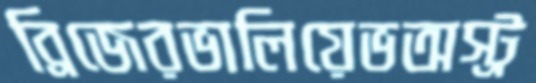
ব্রিজেরভালিয়েভঅস্ট্র